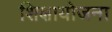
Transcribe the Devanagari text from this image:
शिक्षायोजना